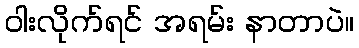
ဝါးလိုက်ရင် အရမ်း နာတာပဲ။